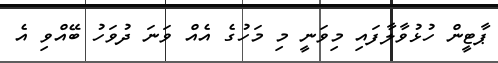
ޕާޓީން ހުޅުވާލާފައި މިވަނީ މި މަހުގެ އެއް ވަނަ ދުވަހު ބޭއްވި އެ